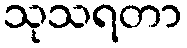
သုသရတာ